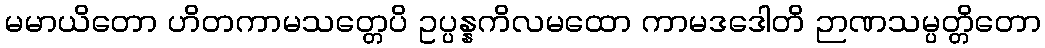
မမာယိတော ဟိတကာမသတ္တေပိ ဥပ္ပန္နကိလမထော ကာမဒဒေါတိ ဉာဏသမ္ပတ္တိတော